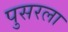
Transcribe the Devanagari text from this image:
पुसरला